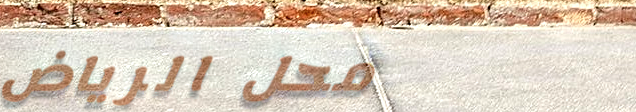
محل الرياض